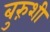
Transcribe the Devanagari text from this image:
बुरुंशी